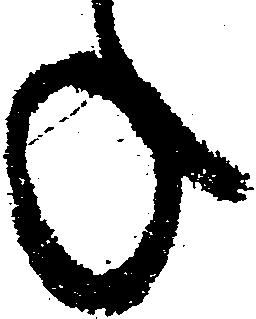
ね